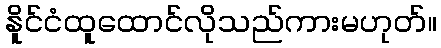
နိူင်ငံထူထောင်လိုသည်ကားမဟုတ်။